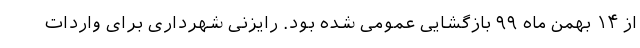
از ۱۴ بهمن ماه ۹۹ بازگشایی عمومی شده بود. رایزنی شهرداری برای واردات